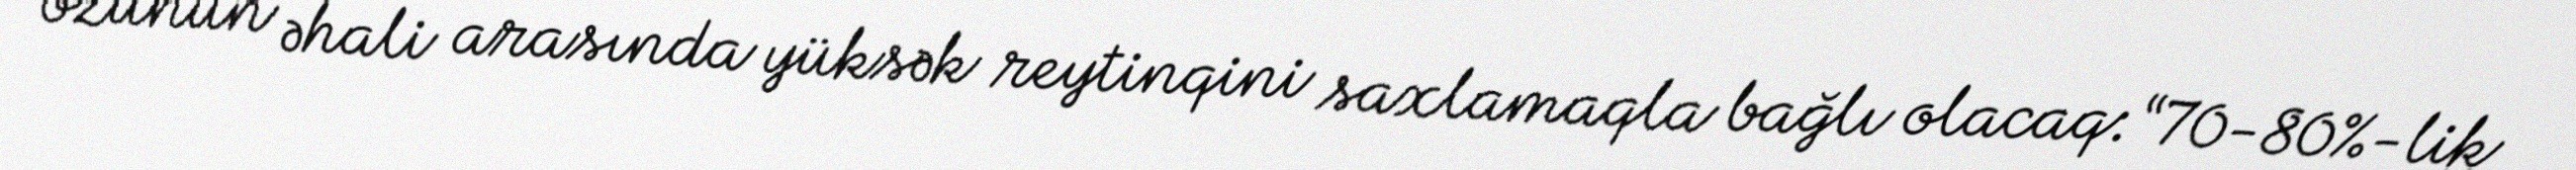
özünün əhali arasında yüksək reytinqini saxlamaqla bağlı olacaq: “70-80%-lik